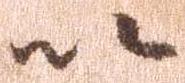
以